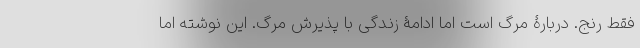
فقط رنج. دربارۀ مرگ است اما ادامۀ زندگی با پذیرش مرگ. این نوشته اما